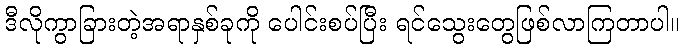
ဒီလိုကွာခြားတဲ့အရာနှစ်ခုကို ပေါင်းစပ်ပြီး ရင်သွေးတွေဖြစ်လာကြတာပါ။